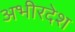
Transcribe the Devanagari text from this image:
अभीरदेश